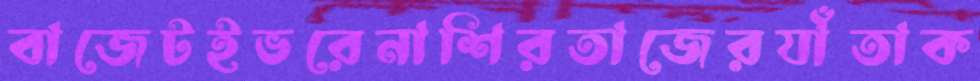
বাজেটইভরেনাশিরতাজেরযাঁতাক